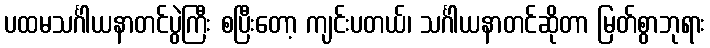
ပထမသင်္ဂါယနာတင်ပွဲကြီး စပြီးတော့ ကျင်းပတယ်၊ သင်္ဂါယနာတင်ဆိုတာ မြတ်စွာဘုရား